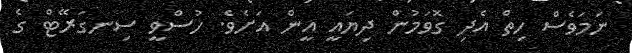
ނަމަވެސް ހިތް އެދި ގޮވަމުން ދިޔައީ އީން އަށެވެ. ހުސްވީ ސިނގަރޭޓް ގެ